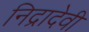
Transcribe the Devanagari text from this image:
निद्रादेवी